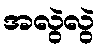
အလွဲလွဲ